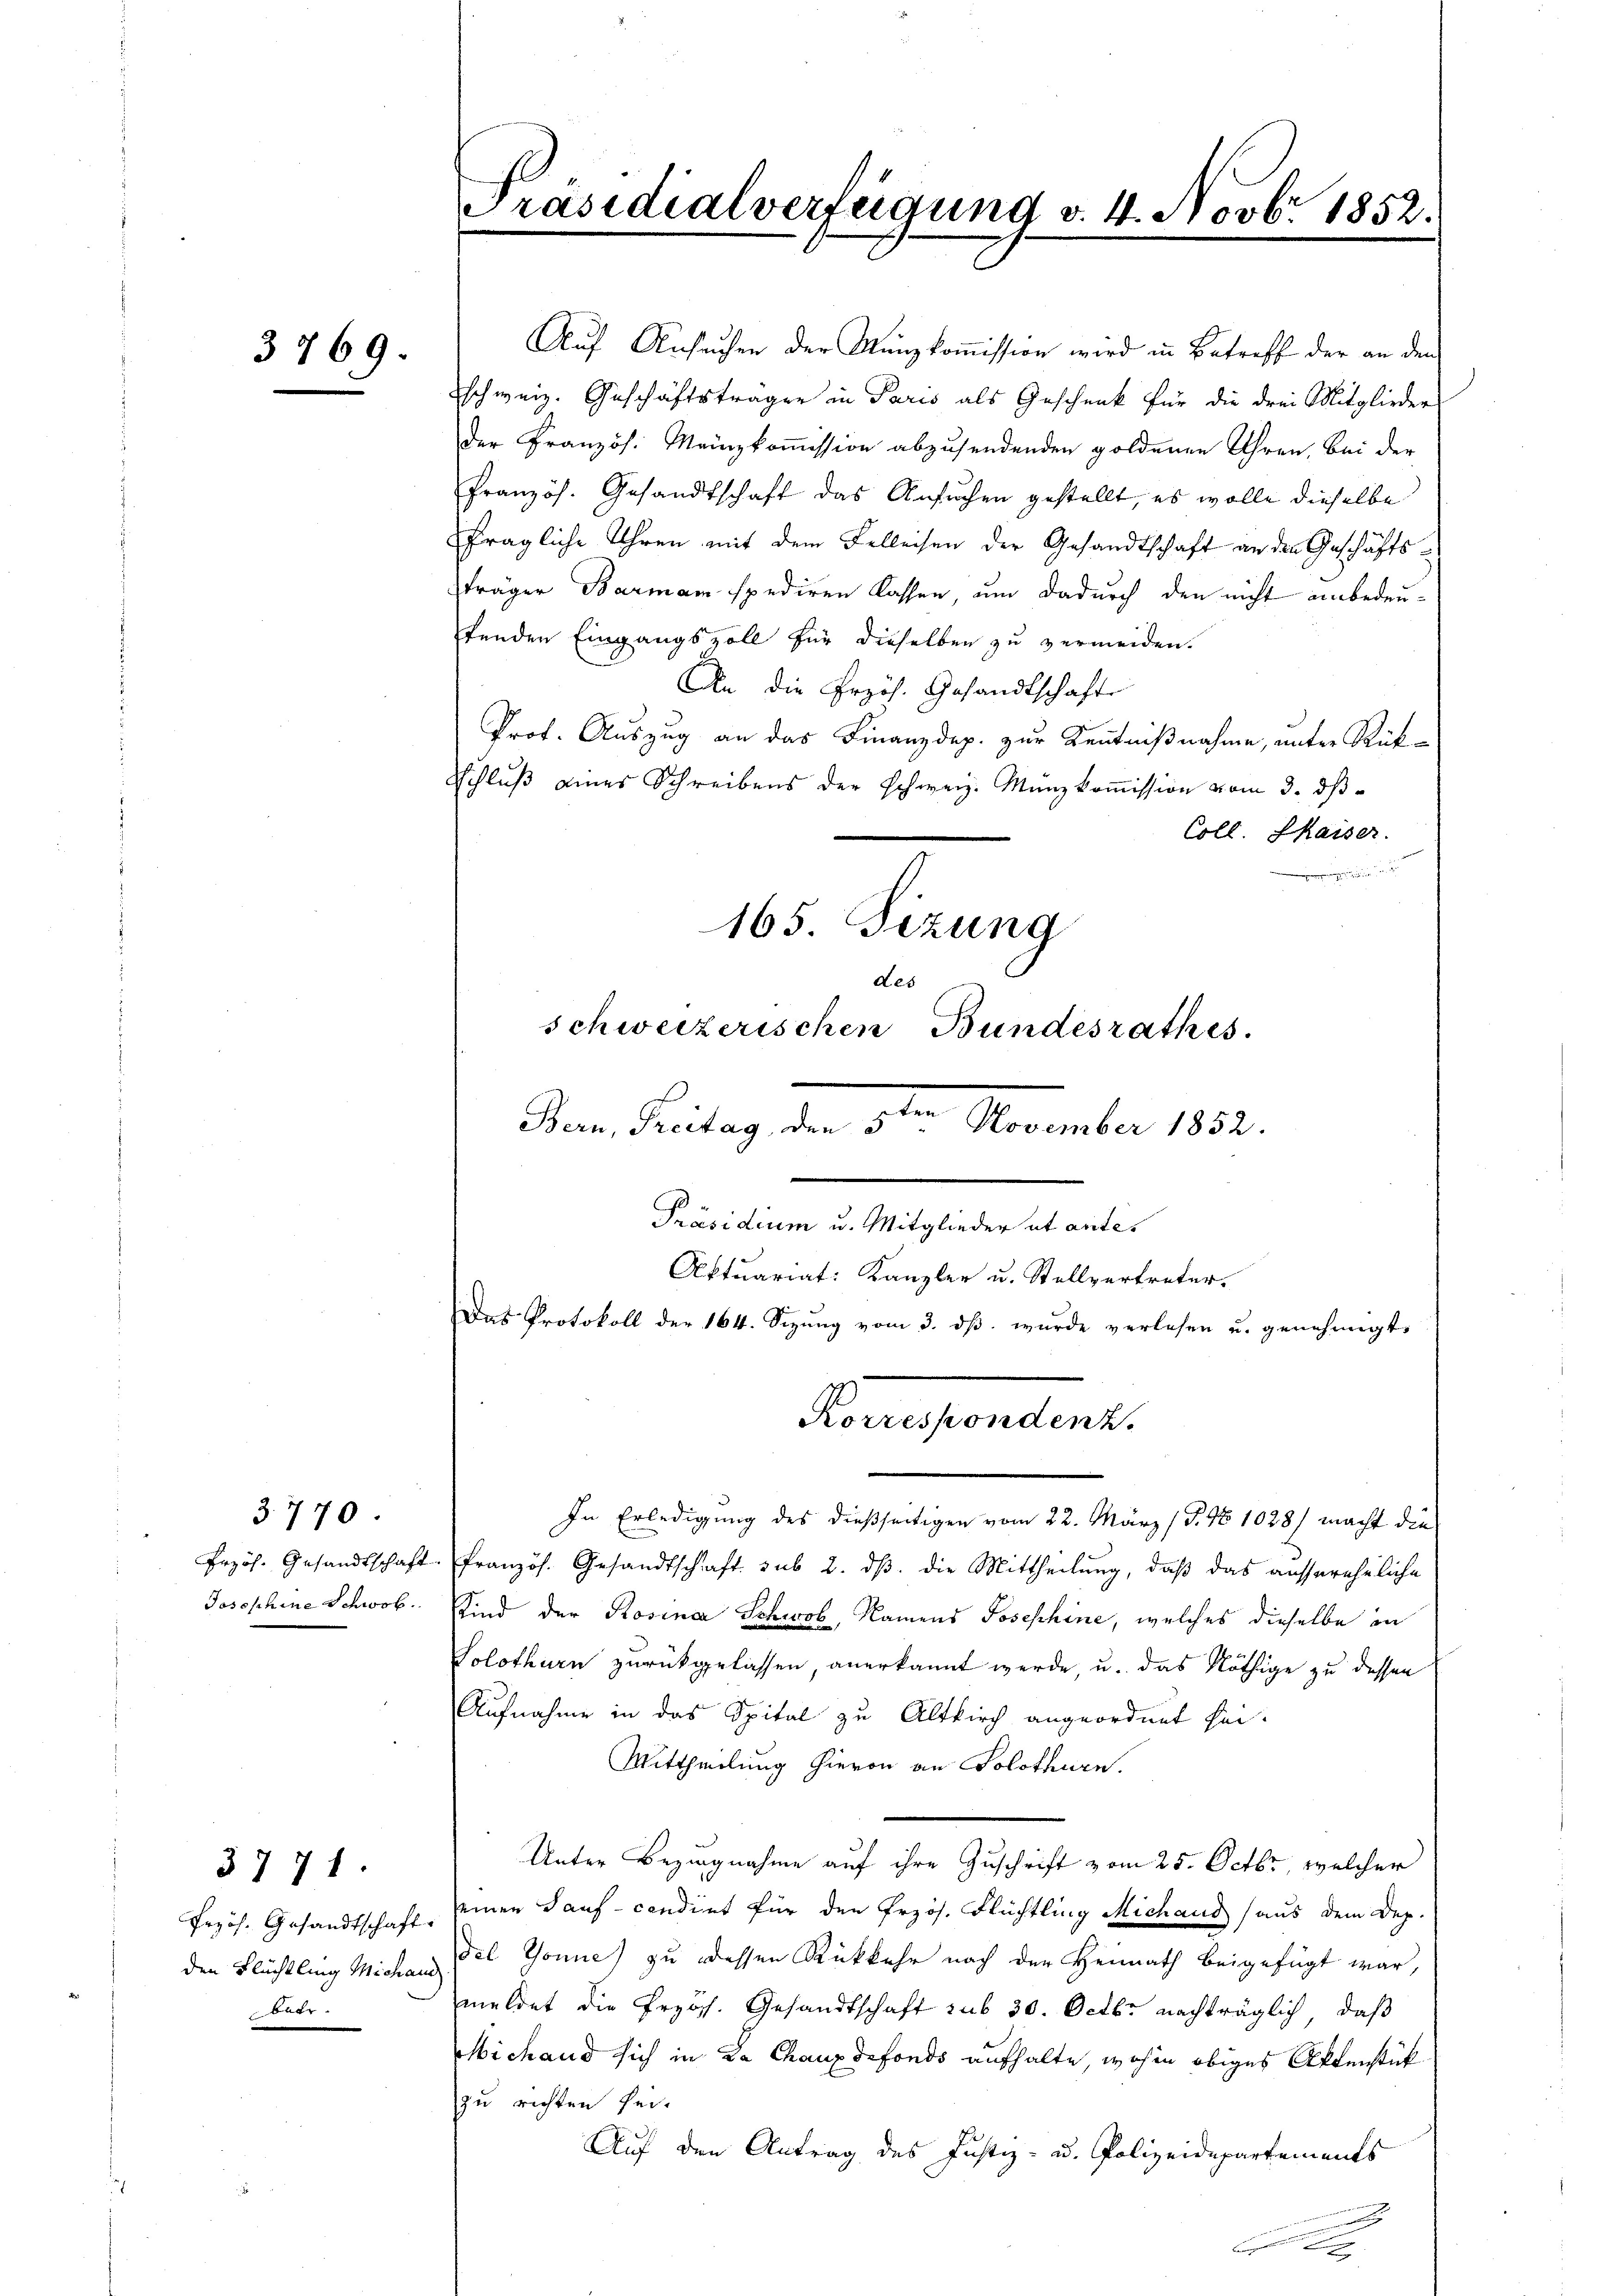
3769.

3. 770.

3771.

dee.

d

Präsidialverfügung v. 4. Novbr. 1852.

Auf Ansuchen der Münzkommission wird in Betreff der an den
schweiz. Geschäftsträger in Paris als Geschenk für die drei Mitglieder
der Französ. Mainzkommission abzusendenden goldenen Uhren, bei der
Französ. Gesandtschaft das Ansuchen gestellt, es wolle dieselbe
fragliche Uhren mit dem Felleisen der Gesandtschaft an den Geschäftsträger Barmam spediren lassen, um dadurch den nicht einbedeutenden Eingangszoll für dieselben zu vermeiden.
An die Przös. Gesandtschaft
Prof. Auszug an das Finanzdep. zur Kenntnißnahme, unter Rück-
Schluß eines Schreibens der schweiz. Münzkoṁission vom 3. dβ
Coll. Skaiser.

165. Sizung
des
schweizerischen Bundesrathes.
Von Freitag den 3ten November 182.
Präsidium u. Mitglieder et antes
Aktuariat: Kanzler u. Stellvertreter.
Das Protokoll der 164. Sizŭng vom 3. dβ. wurde verlesen u. genehmigt.

In Erledigung des dießseitigen vom 22. März (S. 48 1028/ macht die
Przös. Gesandtschaft französ. Gesandtschaft sub 2. ds. die Mittheilung, daß das aussereheliche
Josephine Schwob. Sind der Rosina Schwob, Namens Josephine, welches dieselbe in
Solothurn zurückgelassen, anerkannt werde, u. das Nöthige zu dessen
Aufnahme in das Spital zu Altkirch angeordnet sei-
Mittheilung hievon an Solothurn
Unter Bezugnahme auf ihre Zuschrift vom 25. Octbr, welcher
Przös. Gesandtschaft, seinen Tauf-cendint für den Przös. Flüchtling Michaus aus dem Dep.
den Flüchtling Michen Fel Tonne) zu dessen Rückkehr nach der Heimath beigefügt war,
meldet die Erzös. Gesandtschaft sub 30. Octbr nachträglich, daß
Michand sich in La Chaux defonds aufhalte, wohin obiges Aktenstück
zu richten sei.
Auf den Antrag des Justiz- u. Polizeidepartements

Korrespondenz.